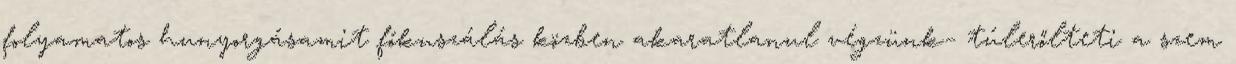
folyamatos hunyorgásamit fókuszálás közben akaratlanul végzünk− túlerőlteti a szem